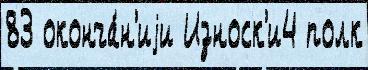
83 оконча́н'иjи Износк'и4 полк